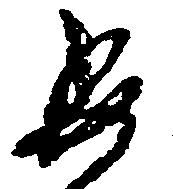
委